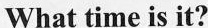
What time is it?